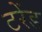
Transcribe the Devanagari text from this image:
टरेंड